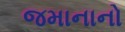
જમાનાનો